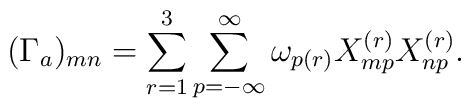
(\Gamma_a)_{mn} = \sum_{r=1}^3 \sum_{p=-\infty}^\infty\omega_{p(r)} X^{(r)}_{mp} X^{(r)}_{np}.